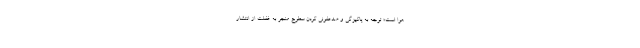
هوا است؛ توجه به پاکیزگی و ضدعفونی کردن سطوح منجر به غفلت از انتشار